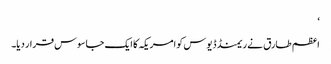
‘
اعظم طارق نے ریمنڈ ڈیوس کو امریکہ کا ایک جاسوس قرار دیا۔